Indian journal of veterinary science and animal husbandry - Volume 7,
Year: 1937
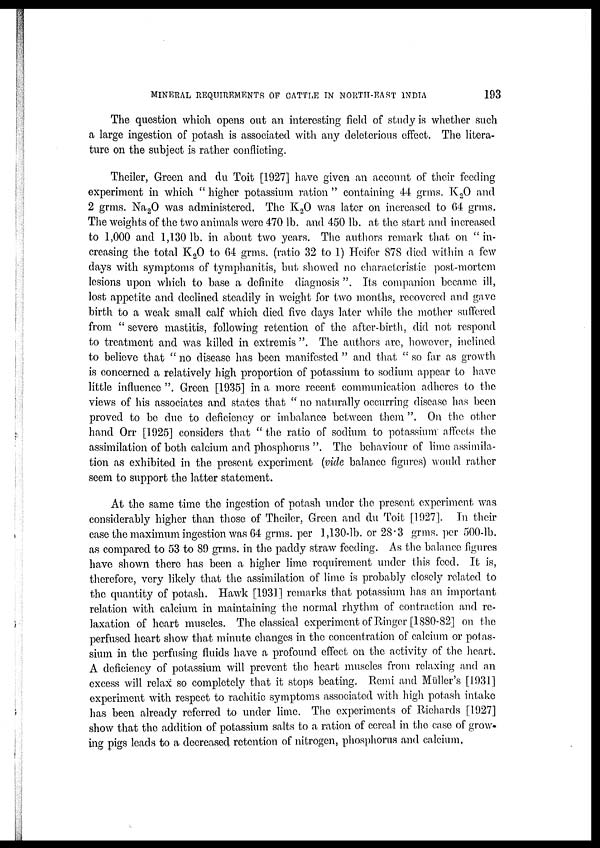
MINERAL REQUIREMENTS OF CATTLE IN NORTH-EAST
INDIA
193
The question which opens out an interesting field of study is whether such
a large ingestion of potash is associated with any deleterious effect. The litera-
ture on the subject is rather conflicting.
Theiler, Green and du Toit [1927] have given an account of their feeding
experiment in which " higher potassium ration " containing 44 grms. K 2 O and
2 grms. Na 2 O was administered. The K 2 O was later on increased to 64 grms.
The weights of the two animals were 470 lb. and 450 lb. at the start and increased
to 1,000 and 1,130 lb. in about two years. The authors remark that on " in-
creasing the total K 2 O to 64 grms. (ratio 32 to 1) Heifer 878 died within a few
days with symptoms of tymphanitis, but showed no characteristic post-mortem
lesions upon which to base a definite diagnosis ". Its companion became ill,
lost appetite and declined steadily in weight for two months, recovered and gave
birth to a weak small calf which died five days later while the mother suffered
from "severe mastitis, following retention of the after-birth, did not respond
to treatment and was killed in extremis ". The authors are, however, inclined
to believe that " no disease has been manifested " and that " so far as growth
is concerned a relatively high proportion of potassium to sodium appear to have
little influence ". Green [1935] in a more recent communication adheres to the
views of his associates and states that " no naturally occurring disease has been
proved to be due to deficiency or imbalance between them ". On the other
hand Orr [1925] considers that " the ratio of sodium to potassium affects the
assimilation of both calcium and phosphorus ". The behaviour of lime assimila-
tion as exhibited in the present experiment (vide balance figures) would rather
seem to support the latter statement.
At the same time the ingestion of potash under the present experiment was
considerably higher than those of Theiler, Green and du Toit [1927]. In their
case the maximum ingestion was 64 grms. per 1,130-lb. or 28.3 grms. per 500-lb.
as compared to 53 to 89 grms. in the paddy straw feeding. As the balance figures
have shown there has been a higher lime requirement under this feed. It is,
therefore, very likely that the assimilation of lime is probably closely related to
the quantity of potash. Hawk [1931] remarks that potassium has an important
relation with calcium in maintaining the normal rhythm of contraction and re-
laxation of heart muscles. The classical experiment of Ringer [1880-82] on the
perfused heart show that minute changes in the concentration of calcium or potas-
sium in the perfusing fluids have a profound effect on the activity of the heart
A deficiency of potassium will prevent the heart muscles from relaxing and an
excess will relax so completely that it stops beating. Remi and Müller's [1931]
experiment with respect to rachitic symptoms associated with high potash intake
has been already referred to under lime. The experiments of Richards [1927]
show that the addition of potassium salts to a ration of cereal in the case of grow-
ing pigs leads to a decreased retention of nitrogen, phosphorus and calcium.